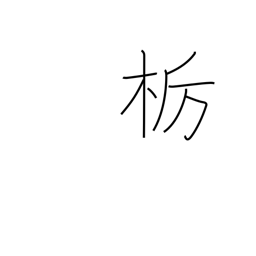
Meaning: horse chestnut